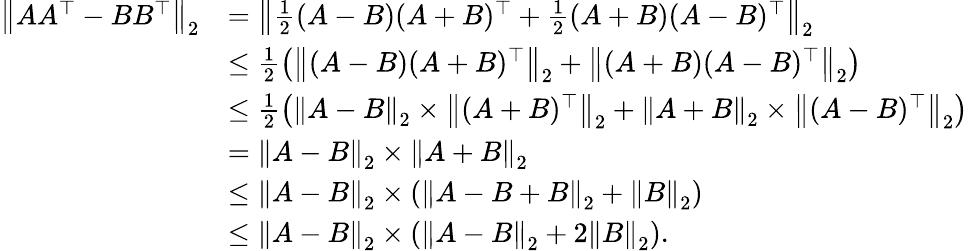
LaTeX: \begin{array}{rl}{\left\| AA^{\top}-BB^{\top}\right\| _{2}}&{=\left\| \frac{1}{2}(A-B)(A+B)^{\top}+\frac{1}{2}(A+B)(A-B)^{\top}\right\| _{2}}\\ &{\leq\frac{1}{2}\left(\left\| (A-B)(A+B)^{\top}\right\| _{2}+\left\| (A+B)(A-B)^{\top}\right\| _{2}\right)}\\ &{\leq\frac{1}{2}\left(\left\| A-B\right\| _{2}\times\left\| (A+B)^{\top}\right\| _{2}+\left\| A+B\right\| _{2}\times\left\| (A-B)^{\top}\right\| _{2}\right)}\\ &{=\left\| A-B\right\| _{2}\times\left\| A+B\right\| _{2}}\\ &{\leq\left\| A-B\right\| _{2}\times\left(\left\| A-B+B\right\| _{2}+\left\| B\right\| _{2}\right)}\\ &{\leq\left\| A-B\right\| _{2}\times\left(\left\| A-B\right\| _{2}+2\left\| B\right\| _{2}\right).}\end{array}